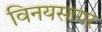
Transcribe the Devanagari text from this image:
विनयसागर